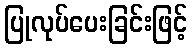
ပြုလုပ်ပေးခြင်းဖြင့်